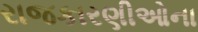
રાજકારણીઓના